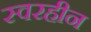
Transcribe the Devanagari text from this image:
स्वरहीन